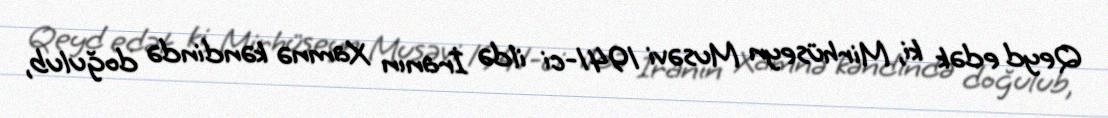
Qeyd edək ki, Mirhüseyn Musəvi 1941-ci ildə İranın Xamnə kəndində doğulub,